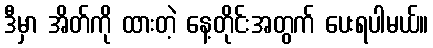
ဒီမှာ အိတ်ကို ထားတဲ့ နေ့တိုင်းအတွက် ပေးရပါမယ်။